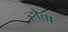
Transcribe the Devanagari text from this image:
होमः